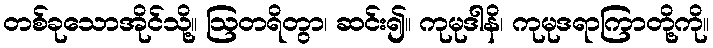
တစ်ခုသောအိုင်သို့။ ဩတရိတွာ၊ ဆင်း၍။ ကုမုဒါနိ၊ ကုမုဒရာကြာတို့ကို။